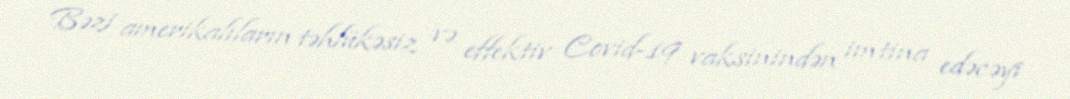
Bəzi amerikalıların təhlükəsiz və effektiv Covid-19 vaksinindən imtina edəcəyi